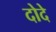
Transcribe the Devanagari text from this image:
दोदे